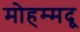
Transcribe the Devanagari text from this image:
मोहम्मदू